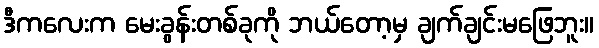
ဒီကလေးက မေးခွန်းတစ်ခုကို ဘယ်တော့မှ ချက်ချင်းမဖြေဘူး။